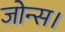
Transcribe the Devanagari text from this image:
जोन्स।